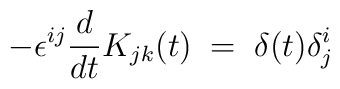
- \epsilon^{ij} \frac{d}{dt} K_{jk}(t) \;=\; \delta (t) \delta^i_j